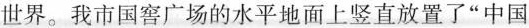
世界。我市国窖广场的水平地面上竖直放置了”中国